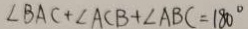
\angle B A C + \angle A C B + \angle A B C = 1 8 0 ^ { \circ }